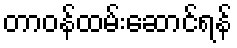
တာဝန်ထမ်းဆောင်ရန်